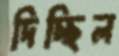
দিচ্ছিল